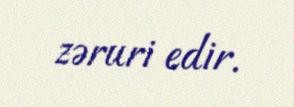
zəruri edir.